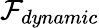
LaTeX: \mathcal{F}_{dynamic}